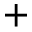
^ +